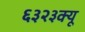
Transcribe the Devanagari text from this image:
६३२३क्यू